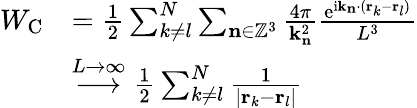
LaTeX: \begin{array}{rl}{W_{\mathrm{C}}}&{=\frac{1}{2}\sum_{k\neq l}^{N}\sum_{\mathbf{n}\in\mathbb{Z}^{3}}\frac{4\pi}{\mathbf{k}_{\mathbf{n}}^{2}}\frac{\mathrm{e}^{\mathrm{i}\mathbf{k}_{\mathbf{n}}\cdot(\mathbf{r}_{k}-\mathbf{r}_{l})}}{L^{3}}}\\ &{\overset{L\rightarrow\infty}{\longrightarrow}\frac{1}{2}\sum_{k\neq l}^{N}\frac{1}{|\mathbf{r}_{k}-\mathbf{r}_{l}|}}\end{array}